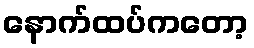
နောက်ထပ်ကတော့